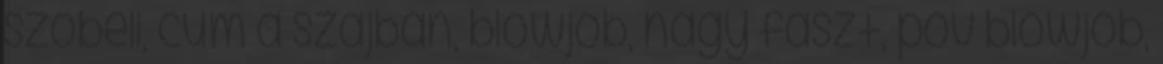
szóbeli, cum a szájban, blowjob, nagy faszt, pov blowjob,